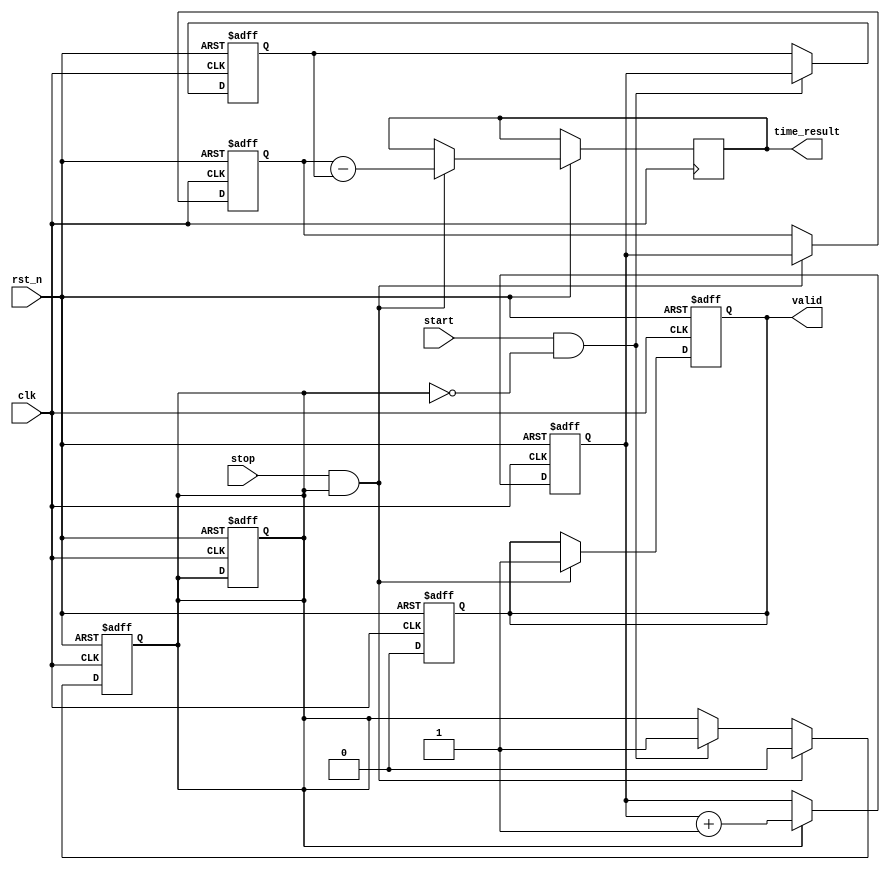
module TDC (
    input wire clk,               // Clock input
    input wire rst_n,             // Asynchronous active-low reset
    input wire start,             // Start signal
    input wire stop,              // Stop signal
    output reg [31:0] time_result, // Digital output representing time interval
    output reg valid              // Indicates valid output
);

    reg [31:0] counter;           // Time counter
    reg [31:0] start_time;        // Latch start time
    reg [31:0] stop_time;         // Latch stop time
    reg measuring;                // State to indicate measuring process

    // Counter that increments with each clock cycle
    always @(posedge clk or negedge rst_n) begin
        if (!rst_n) begin
            counter <= 32'b0;
            measuring <= 1'b0;
        end else begin
            if (measuring) begin
                counter <= counter + 1;
            end
        end
    end

    // Start and Stop signal detection with edge detection
    always @(posedge clk or negedge rst_n) begin
        if (!rst_n) begin
            start_time <= 32'b0;
            stop_time <= 32'b0;
            valid <= 1'b0;
            measuring <= 1'b0;
        end else begin
            if (start && !measuring) begin
                start_time <= counter; // Latch the start time
                measuring <= 1'b1;      // Begin measuring
            end
            if (stop && measuring) begin
                stop_time <= counter;   // Latch the stop time
                time_result <= stop_time - start_time; // Calculate time interval
                valid <= 1'b1;          // Indicate valid measurement
                measuring <= 1'b0;      // Stop measuring
            end
        end
    end

    // Clear valid flag after reading the result
    always @(posedge clk or negedge rst_n) begin
        if (!rst_n) begin
            valid <= 1'b0;
        end else if (valid) begin
            valid <= 1'b0; // Automatically clear after one cycle
        end
    end

endmodule